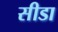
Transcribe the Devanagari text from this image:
सीडा